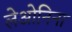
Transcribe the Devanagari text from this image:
लेओनिना